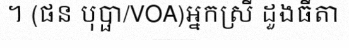
។ (ផន បុប្ផា/VOA)អ្នកស្រី ដួងធីតា